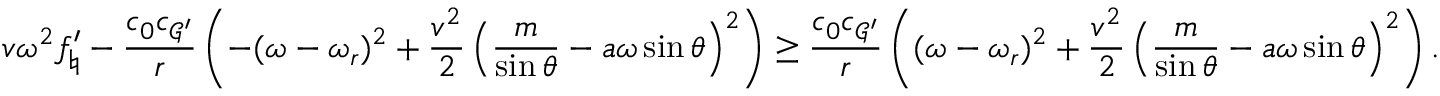
v \omega ^ { 2 } f _ { \natural } ^ { \prime } - \frac { c _ { 0 } c _ { \mathcal { G } ^ { \prime } } } { r } \left( - ( \omega - \omega _ { r } ) ^ { 2 } + \frac { v ^ { 2 } } { 2 } \left( \frac { m } { \sin \theta } - a \omega \sin \theta \right) ^ { 2 } \right) \geq \frac { c _ { 0 } c _ { \mathcal { G } ^ { \prime } } } { r } \left( ( \omega - \omega _ { r } ) ^ { 2 } + \frac { v ^ { 2 } } { 2 } \left( \frac { m } { \sin \theta } - a \omega \sin \theta \right) ^ { 2 } \right) .